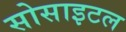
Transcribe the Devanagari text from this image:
सोसाइटल